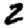
Digit: 2